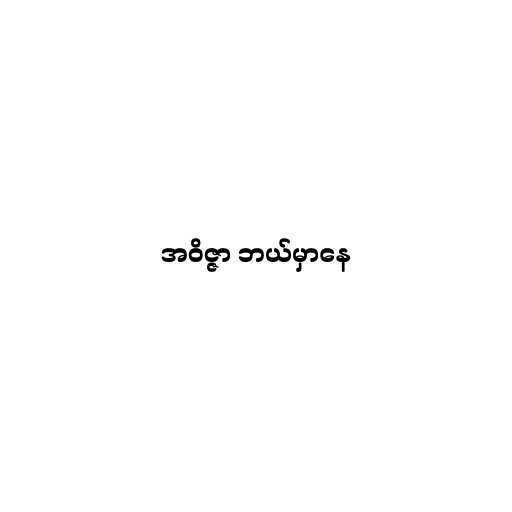
အဝိဇ္ဇာ ဘယ်မှာနေ